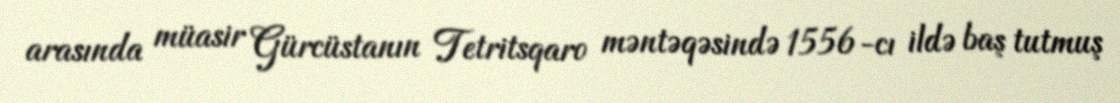
arasında müasir Gürcüstanın Tetritsqaro məntəqəsində 1556-cı ildə baş tutmuş